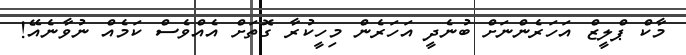
މާކް ޕްލީޒް އަހަރެންނަށް ބުނެދީ އަހަރެން މިހީކުރާ ގޮތަށް އެއްވެސް ކަމެއް ނުވާނެއޭ!